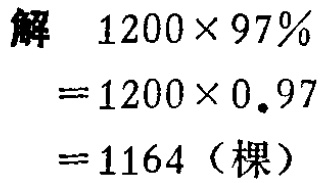
解

\[

\begin{align*}

1200\times 97\%&=1200\times 0.97\\

&=1164 (\text{棵})

\end{align*}

\]